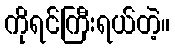
ကိုရင်ကြီးရယ်တဲ့။